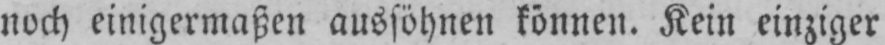
noch einigermaßen aussöhnen können. Kein einziger